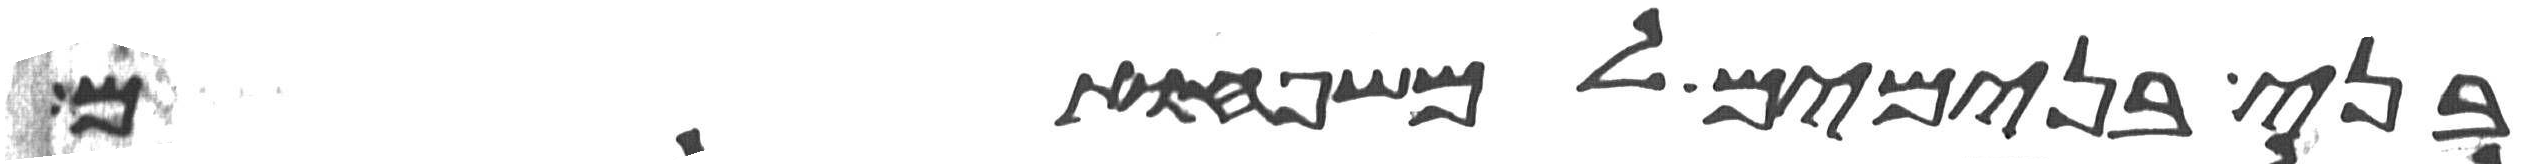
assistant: בני בנימים למשפחותם